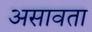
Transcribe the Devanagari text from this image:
असावता